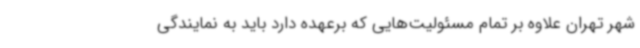
شهر تهران علاوه بر تمام مسئولیت‌هایی که برعهده دارد باید به نمایندگی